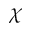
\chi